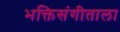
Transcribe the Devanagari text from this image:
भक्तिसंगीताला